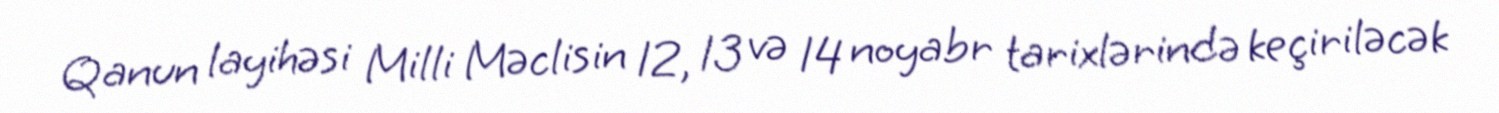
Qanun layihəsi Milli Məclisin 12, 13 və 14 noyabr tarixlərində keçiriləcək